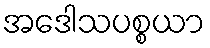
အဒေါသပစ္စယာ